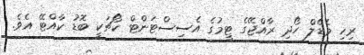
ރިހި މެޑެލް ހޯދި ރާއްޖޭގެ ޓީމުގެ އެސިސްޓަންޓް ކޯޗަކީ ބޮޑު ކާއްޓޭ އެވެ.